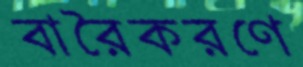
বারৈকরণে